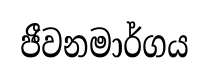
ජීවනමාර්ගය